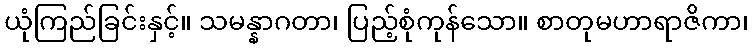
ယုံကြည်ခြင်းနှင့်။ သမန္နာဂတာ၊ ပြည့်စုံကုန်သော။ စာတုမဟာရာဇိကာ၊